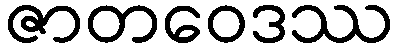
ဇာတဝေဒဿ